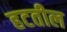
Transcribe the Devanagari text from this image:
हटतील